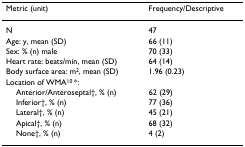
<table><thead><tr><td><b>Metric (unit)</b></td><td><b>Frequency/Descriptive</b></td></tr></thead><tbody><tr><td>N</td><td>47</td></tr><tr><td>Age: y, mean (SD)</td><td>66 (11)</td></tr><tr><td>Sex: % (n) male</td><td>70 (33)</td></tr><tr><td>Heart rate: beats/min, mean (SD)</td><td>64 (14)</td></tr><tr><td>Body surface area: m<sup>2</sup>, mean (SD)</td><td>1.96 (0.23)</td></tr><tr><td>Location of WMA<sup>10 </sup>*:</td><td></td></tr><tr><td> Anterior/Anteroseptal†, % (n)</td><td>62 (29)</td></tr><tr><td> Inferior†, % (n)</td><td>77 (36)</td></tr><tr><td> Lateral†, % (n)</td><td>45 (21)</td></tr><tr><td> Apical†, % (n)</td><td>68 (32)</td></tr><tr><td> None†, % (n)</td><td>4 (2)</td></tr></tbody></table>